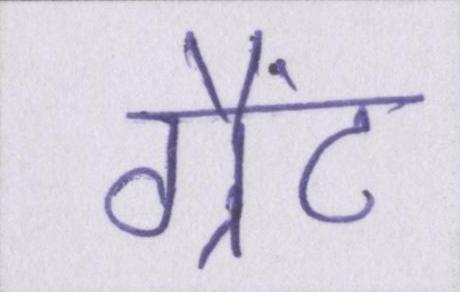
ग्रैंट